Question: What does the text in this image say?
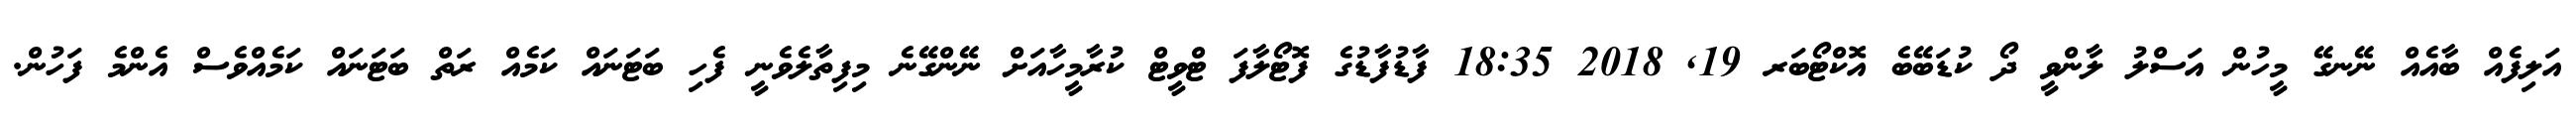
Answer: އަލިފެއް ބާއެއް ނޭނގޭ މީހުން އަސްލު ލާންވީ ދޯ ކުޑަބޭބެ އޮކްޓޯބަރ 19, 2018 18:35 ފާޑުފާޑުގެ ފޮޓޯލާފަ ޓްވީޓް ކުރާމީހާއަށް ނޭންގޭނެ މިފިތާލެވެނީ ފެހި ބަޓަނައް ކަމެއް ރަތް ބަޓަނައް ކަމެއްވެސް އެންމެ ފަހުން.